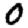
Digit: 0